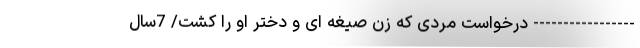
----------------- درخواست مردی که زن صیغه ای و دختر او را کشت/ 7سال